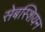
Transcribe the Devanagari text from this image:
सेबस्शियन